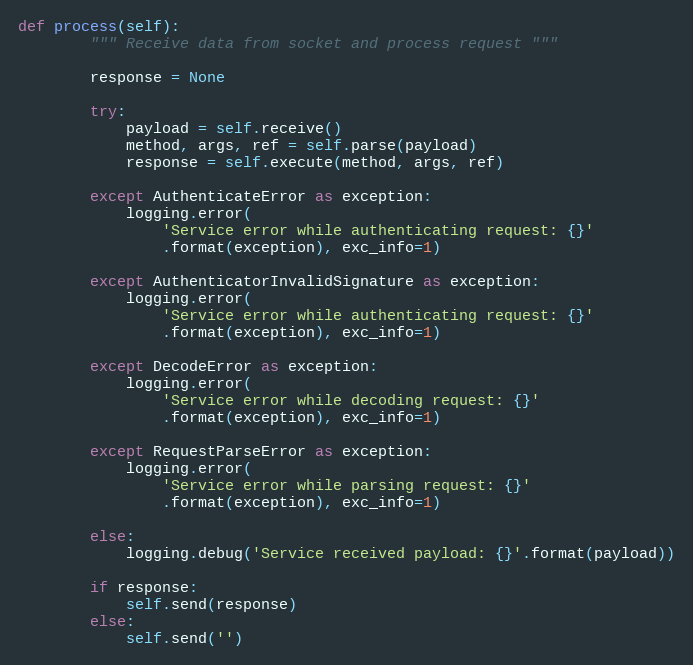
Language: Python
def process(self):
        """ Receive data from socket and process request """

        response = None

        try:
            payload = self.receive()
            method, args, ref = self.parse(payload)
            response = self.execute(method, args, ref)

        except AuthenticateError as exception:
            logging.error(
                'Service error while authenticating request: {}'
                .format(exception), exc_info=1)

        except AuthenticatorInvalidSignature as exception:
            logging.error(
                'Service error while authenticating request: {}'
                .format(exception), exc_info=1)

        except DecodeError as exception:
            logging.error(
                'Service error while decoding request: {}'
                .format(exception), exc_info=1)

        except RequestParseError as exception:
            logging.error(
                'Service error while parsing request: {}'
                .format(exception), exc_info=1)

        else:
            logging.debug('Service received payload: {}'.format(payload))

        if response:
            self.send(response)
        else:
            self.send('')